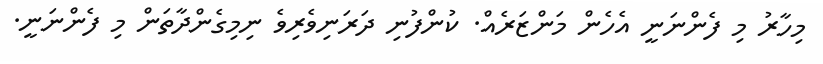
މިހާރު މި ފެންނަނީ އެހެން މަންޒަރެއް. ކުންފުނި ދަރަނިވެރިވެ ނިމިގެންދާތަން މި ފެންނަނީ.